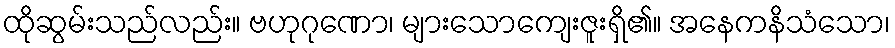
ထိုဆွမ်းသည်လည်း။ ဗဟုဂုဏော၊ များသောကျေးဇူးရှိ၏။ အနေကနိသံသော၊